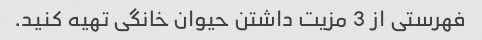
فهرستی از 3 مزیت داشتن حیوان خانگی تهیه کنید.